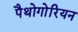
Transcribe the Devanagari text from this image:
पैथोगोरियन